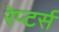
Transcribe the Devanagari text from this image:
रेप्‍टर्स